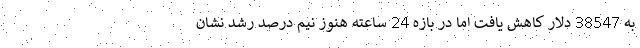
به 38547 دلار کاهش یافت اما در بازه 24 ساعته هنوز نیم درصد رشد نشان